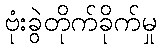
ဗုံးခွဲတိုက်ခိုက်မှု